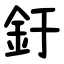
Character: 釪